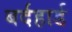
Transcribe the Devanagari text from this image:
बर्दहार्ड